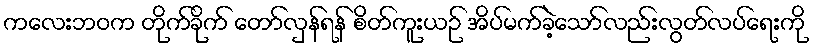
ကလေးဘဝက တိုက်ခိုက် တော်လှန်ရန် စိတ်ကူးယဉ် အိပ်မက်ခဲ့သော်လည်းလွတ်လပ်ရေးကို